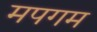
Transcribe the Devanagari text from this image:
मपगम